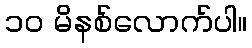
၁၀ မိနစ်လောက်ပါ။